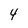
Character: 4